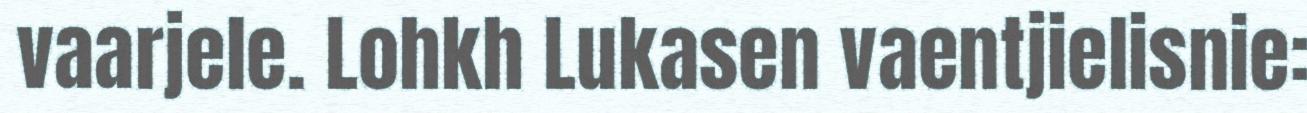
vaarjele. Lohkh Lukasen vaentjielisnie: